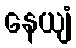
နေယျံ